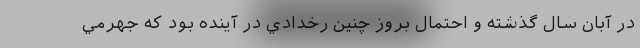
در آبان سال گذشته و احتمال بروز چنين رخدادي در آينده بود كه جهرمي